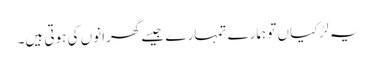
یہ لڑکیاں تو ہمارے تمہارے جیسے گھرانوں کی ہوتی ہیں۔